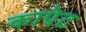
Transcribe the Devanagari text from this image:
कापेट